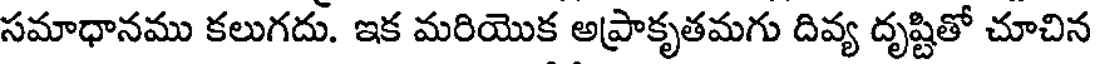
సమాధానము కలుగదు. ఇక మరియొక అప్రాకృతమగు దివ్య దృష్టితో చూచిన